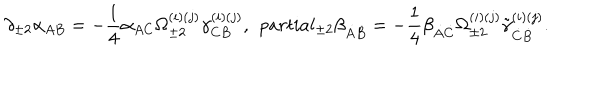
\partial _ { \pm 2 } \alpha _ { A B } = - \frac 1 4 \alpha _ { A C } \Omega _ { \pm 2 } ^ { ( i ) ( j ) } \gamma _ { C B } ^ { ( i ) ( j ) } , \ \, p a r t i a l _ { \pm 2 } \beta _ { \dot { A } \dot { B } } = - \frac 1 4 \beta _ { \dot { A } \dot { C } } \Omega _ { \pm 2 } ^ { ( i ) ( j ) } \tilde { \gamma } _ { \dot { C } \dot { B } } ^ { ( i ) ( j ) } .